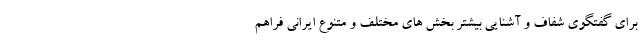
برای گفتگوی شفاف و آشنایی بیشتر بخش های مختلف و متنوع ایرانی فراهم